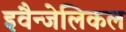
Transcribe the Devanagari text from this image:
इवैन्जेलिकल